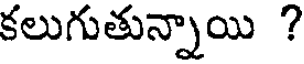
కలుగుతున్నాయి ?